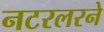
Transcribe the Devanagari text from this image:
नटरलरने